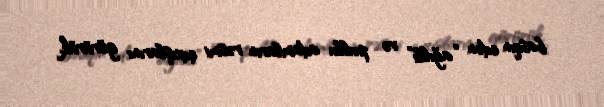
basqın edən “ağıllı” və pullu adamların rəsmi çıxışlarını görürük.